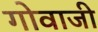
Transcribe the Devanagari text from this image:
गोवाजी